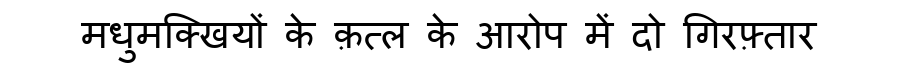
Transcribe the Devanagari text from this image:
मधुमक्खियों के क़त्ल के आरोप में दो गिरफ़्तार